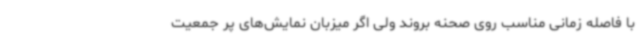
با فاصله زمانی مناسب روی صحنه بروند ولی اگر میزبان نمایش‌های پر جمعیت